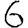
Digit: 6